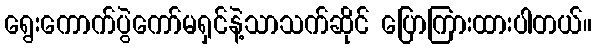
ရွေးကောက်ပွဲကော်မရှင်နဲ့သာသက်ဆိုင် ပြောကြားထားပါတယ်။